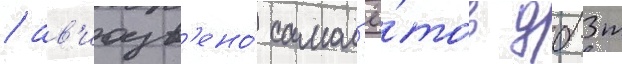
/ ав'иазв'ено́ самол'ё́тов дб-3т